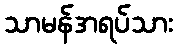
သာမန်အရပ်သား